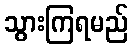
သွားကြရမည်